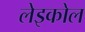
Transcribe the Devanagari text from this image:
लेइकोल